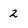
Character: 2